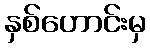
နှစ်ဟောင်းမှ